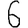
Digit: 6